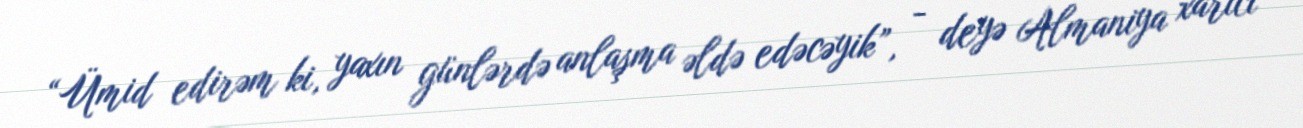
“Ümid edirəm ki, yaxın günlərdə anlaşma əldə edəcəyik”, - deyə Almaniya xarici